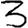
Digit: 3